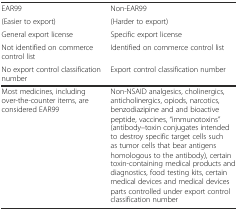
<table><thead><tr><td><b>EAR99</b></td><td><b>Non-EAR99</b></td></tr><tr><td><b>(Easier to export)</b></td><td><b>(Harder to export)</b></td></tr><tr><td><b>General export license</b></td><td><b>Specific export license</b></td></tr><tr><td><b>Not identified on commerce control list</b></td><td><b>Identified on commerce control list</b></td></tr><tr><td><b>No export control classification number</b></td><td><b>Export control classification number</b></td></tr></thead><tbody><tr><td>Most medicines, including over-the-counter items, are considered EAR99</td><td>Non-NSAID analgesics, cholinergics, anticholinergics, opiods, narcotics, benzodiazipine and and bioactive peptide, vaccines, “immunotoxins” (antibody–toxin conjugates intended to destroy specific target cells such as tumor cells that bear antigens homologous to the antibody), certain toxin-containing medical products and diagnostics, food testing kits, certain medical devices and medical devices parts controlled under export control classification number</td></tr></tbody></table>